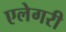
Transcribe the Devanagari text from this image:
एलेगरी